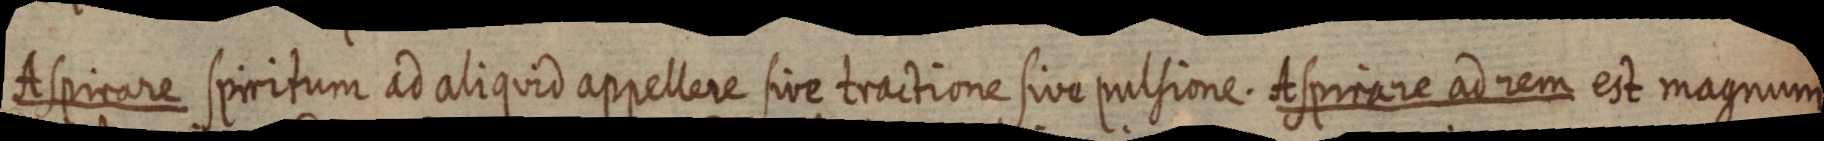
Aspirare spiritum ad aliquid appellere sive tractione sive pulsione Aspirare ad rem est magnum